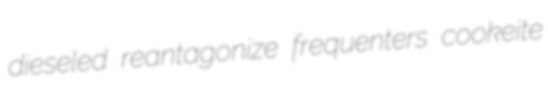
dieseled reantagonize frequenters cookeite